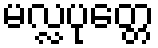
မလ္လပုတ္တေ